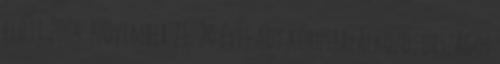
előtt 2004. november 21. 20 éves Ady kórustalálkozó, országos